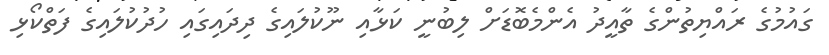
ގައުމުގެ ރައްޔިތުންގެ ތާއީދު އެންމެބޮޑަށް ލިބުނީ ކަޅާއި ނޫކުލައިގެ ދިދައިގައި ހުދުކުލައިގެ ފަތްކޯޅި